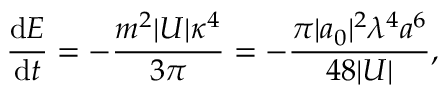
\frac { \mathrm { d } E } { \mathrm { d } t } = - \frac { m ^ { 2 } | U | \kappa ^ { 4 } } { 3 \pi } = - \frac { \pi | a _ { 0 } | ^ { 2 } \lambda ^ { 4 } a ^ { 6 } } { 4 8 | U | } ,